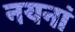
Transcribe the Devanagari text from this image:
नयनां